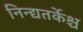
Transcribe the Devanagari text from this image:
निन्द्यतर्केश्च